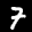
Label: 7